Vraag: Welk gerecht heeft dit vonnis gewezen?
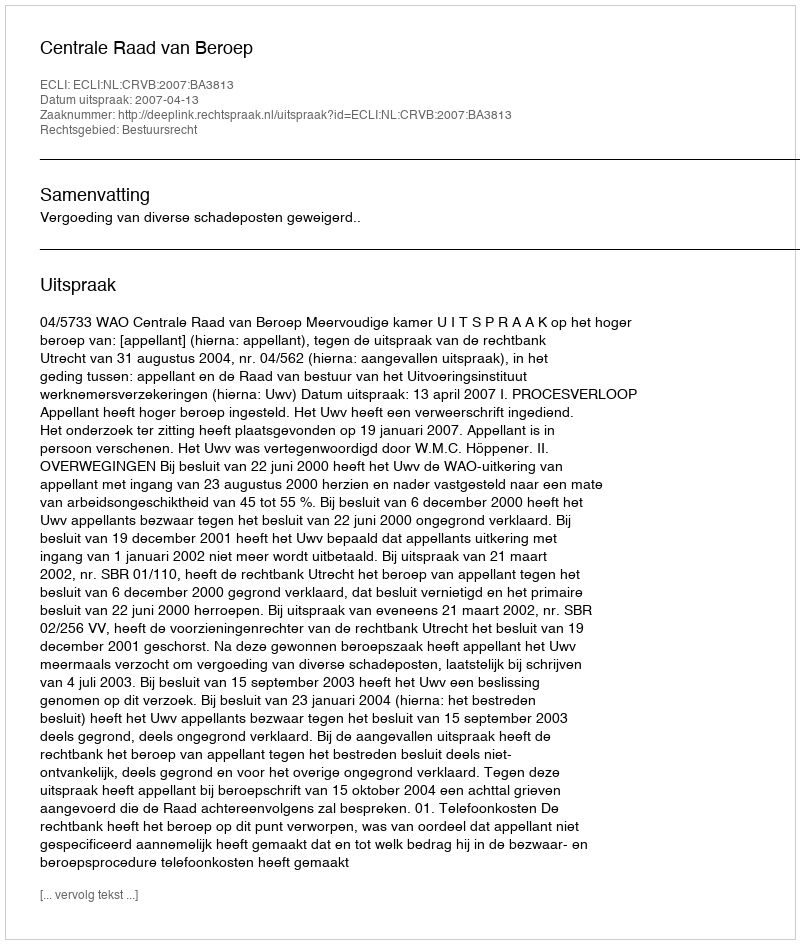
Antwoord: Centrale Raad van Beroep